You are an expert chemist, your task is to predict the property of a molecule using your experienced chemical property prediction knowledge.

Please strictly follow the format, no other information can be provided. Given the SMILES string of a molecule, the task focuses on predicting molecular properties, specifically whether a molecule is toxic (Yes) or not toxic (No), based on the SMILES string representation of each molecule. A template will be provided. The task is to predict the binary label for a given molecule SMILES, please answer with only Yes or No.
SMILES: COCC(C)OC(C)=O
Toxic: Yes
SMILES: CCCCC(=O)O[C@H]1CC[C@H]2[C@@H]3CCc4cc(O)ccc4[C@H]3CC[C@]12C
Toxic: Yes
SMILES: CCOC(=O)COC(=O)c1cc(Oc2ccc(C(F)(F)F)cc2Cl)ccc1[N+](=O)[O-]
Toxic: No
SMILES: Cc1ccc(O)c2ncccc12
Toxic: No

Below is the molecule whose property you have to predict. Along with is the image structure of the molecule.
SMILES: CCN(CC)C(=O)C1CN2CCc3cc(OC)c(OC)cc3C2CC1OC(C)=O
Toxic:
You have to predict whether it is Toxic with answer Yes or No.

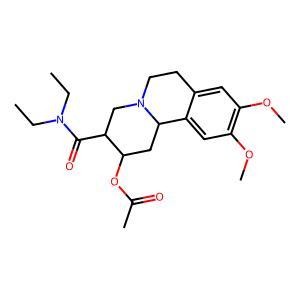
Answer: No